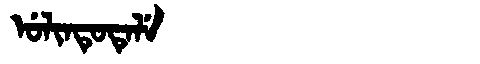
Manchu: ᡠᠯᡳᠨᡨᡠᡨᡝᠯᡝ
Romanization: ULINTUTELE